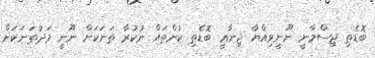
ބޮޑެތި ޖިސްމާނީ ނޫނީވިއްޔާ ޖިނާޢީ ބޮޑެތި ކުށްތައް ނުކުރާ ތަނަކަށް ނޫނީ މަދުތަނަކަށް